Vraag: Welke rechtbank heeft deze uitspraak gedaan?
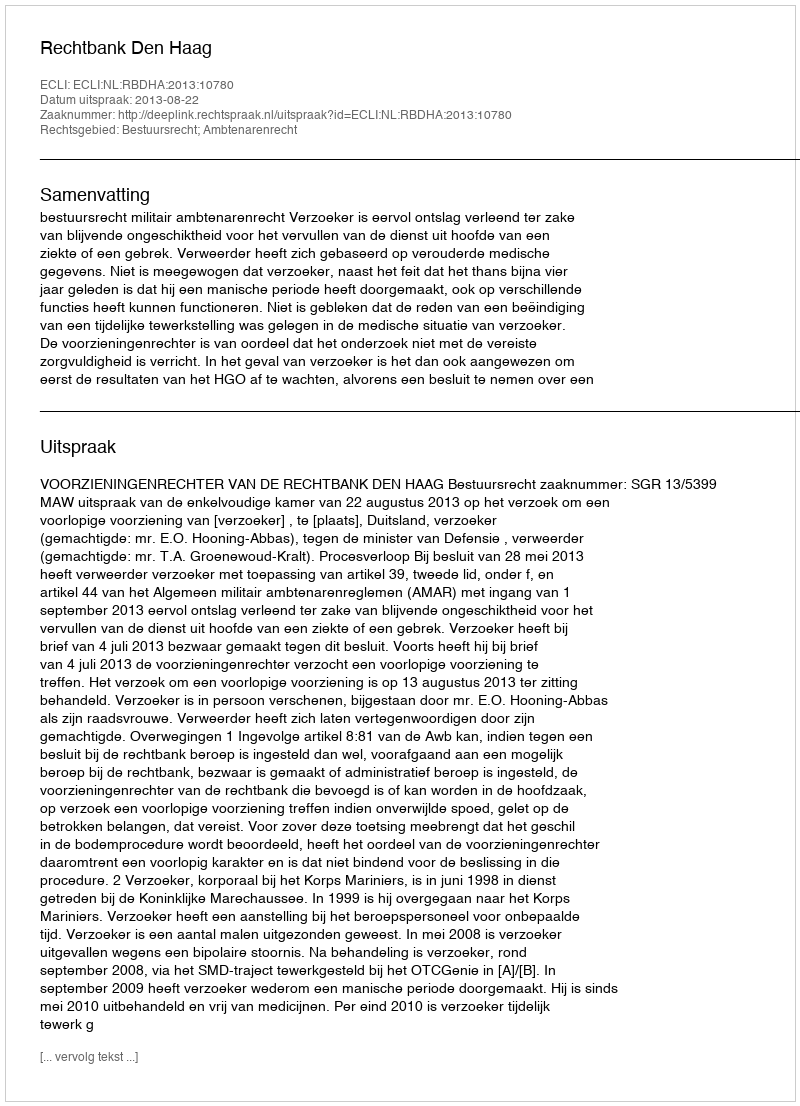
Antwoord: Rechtbank Den Haag